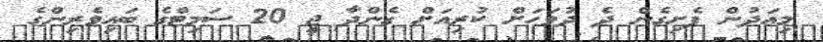
މިއަދުން ފެށިގެން ދެ ދުވަހަށް ކުރިއަށް ގެންދާ ޖީ 20 ސަމިޓްގެ ބައިވެރިންގެ